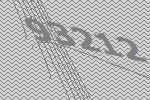
93212